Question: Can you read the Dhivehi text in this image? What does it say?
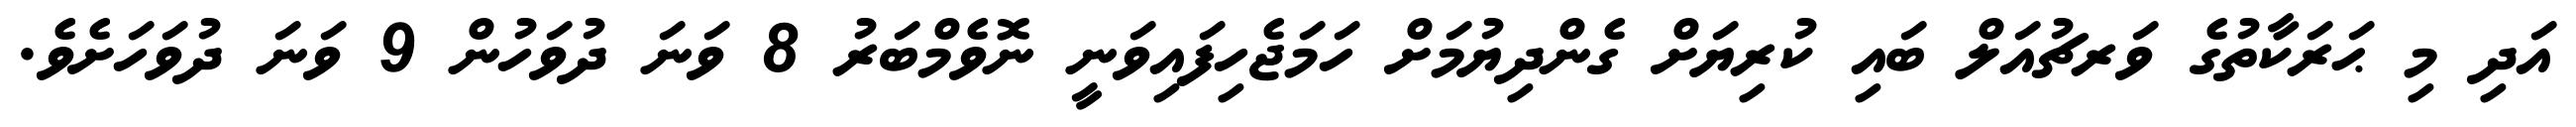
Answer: އަދި މި ޙަރަކާތުގެ ވަރޗުއަލް ބައި ކުރިޔަށް ގެންދިޔުމަށް ހަމަޖެހިފައިވަނީ ނޮވެމްބަރު 8 ވަނަ ދުވަހުން 9 ވަނަ ދުވަހަށެވެ.